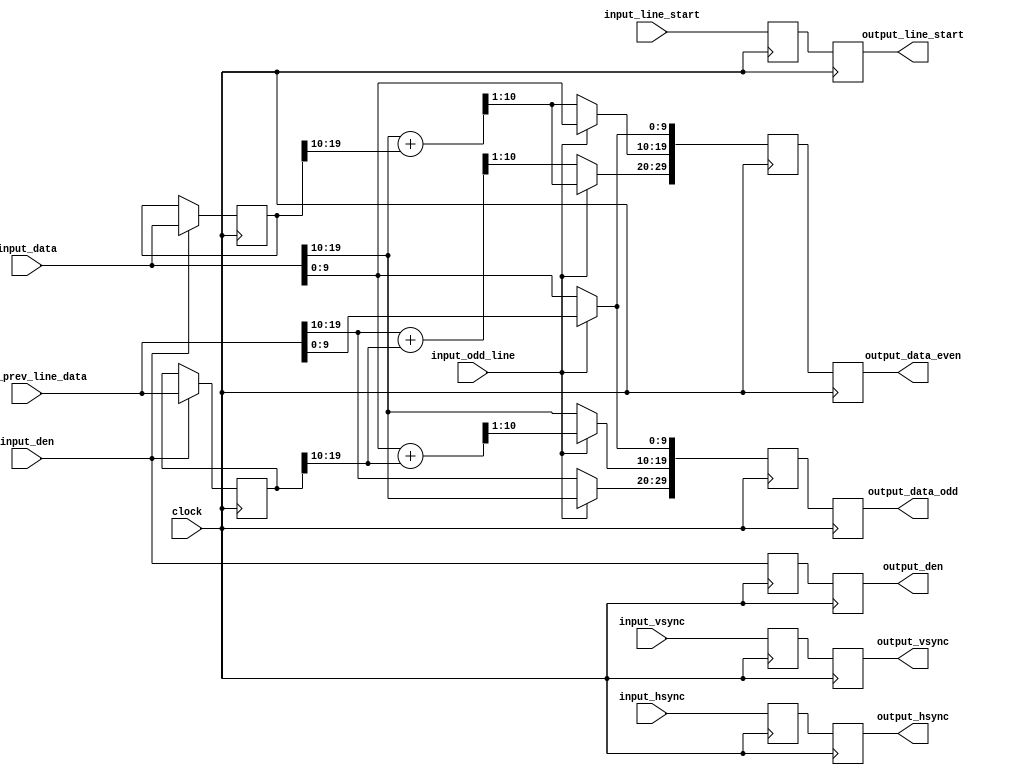
// ==================================================
//  ____         _                ____                      
// | __ )  _ __ (_)  __ _  _ __  / ___|  _   _  _ __    ___ 
// |  _ \ | '__|| | / _` || '_ \ \___ \ | | | || '_ \  / _ \
// | |_) || |   | || (_| || | | | ___) || |_| || | | ||  __/
// |____/ |_|   |_| \__,_||_| |_||____/  \__,_||_| |_| \___|
//                                                          
// ==================================================
// Programed By: BrianSune
// Contact: briansune@gmail.com
// ==================================================

`timescale 1ns / 1ps

module simple_debayer(
	input wire			clock,
	input wire			input_hsync,
	input wire			input_vsync,
	input wire			input_den,
	input wire			input_line_start,
	input wire			input_odd_line,
	input wire	[19:0]	input_data,
	input wire	[19:0]	input_prev_line_data,
	
	output reg			output_hsync,
	output reg			output_vsync,
	output reg			output_den,
	output reg			output_line_start,
	// 10bit R:G:B
	output reg	[29:0]	output_data_even,
	// 10bit R:G:B
	output reg	[29:0]	output_data_odd
);
	
	reg	[19:0]	last_block_c, last_block_p;
	reg			pre_hsync, pre_vsync, pre_den, pre_line_start;
	reg	[29:0]	pre_data_even, pre_data_odd;
	
	function automatic [9:0] channel_average;
		input [9:0] val_1, val_2;
		reg	[10:0]	sum;
		begin
			sum = val_1 + val_2;
			channel_average = sum[10:1];
		end
	endfunction
	
	reg	[9:0] pixel_0_R, pixel_0_G, pixel_0_B;
    reg	[9:0] pixel_1_R, pixel_1_G, pixel_1_B;
	
	always@(*)begin
		if(input_odd_line)begin
			pixel_0_R = channel_average(input_data[19:10], last_block_c[19 : 10]);
			pixel_0_G = input_data[9 : 0];
			pixel_0_B = input_prev_line_data[9 : 0];
			pixel_1_R = input_data[19 : 10];
			pixel_1_G = channel_average(input_data[9 : 0], last_block_p[19 : 10]);
			pixel_1_B = input_prev_line_data[9 : 0];
		end else begin
			pixel_0_R = channel_average(input_prev_line_data[19 : 10], last_block_p[19 : 10]);
			pixel_0_G = channel_average(input_data[19 : 10], last_block_c[19 : 10]);
			pixel_0_B = input_data[9 : 0];
			pixel_1_R = input_prev_line_data[19 : 10];
			pixel_1_G = input_data[19 : 10];
			pixel_1_B = input_data[9 : 0];
		end
	end
	
	always@(posedge clock)begin
		pre_hsync <= input_hsync;
		pre_vsync <= input_vsync;
		pre_den <= input_den;
		pre_line_start <= input_line_start;
		
		pre_data_even <= {pixel_0_R, pixel_0_G, pixel_0_B};
		pre_data_odd <= {pixel_1_R, pixel_1_G, pixel_1_B};
		
		output_hsync <= pre_hsync;
		output_vsync <= pre_vsync;
		output_den <= pre_den;
		output_line_start <= pre_line_start;
		output_data_even <= pre_data_even;
		output_data_odd <= pre_data_odd;
		
		if(input_den)begin
			last_block_c <= input_data;
			last_block_p <= input_prev_line_data;
		end
	end
	
endmodule